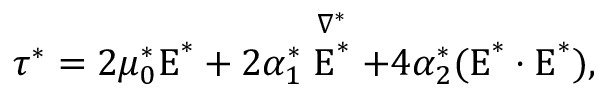
\boldsymbol { \tau } ^ { * } = 2 \mu _ { 0 } ^ { * } \boldsymbol { \mathrm { E } } ^ { * } + 2 \alpha _ { 1 } ^ { * } \stackrel { \nabla ^ { * } } { \boldsymbol { \mathrm { E } } ^ { * } } + 4 \alpha _ { 2 } ^ { * } ( \boldsymbol { \mathrm { E } } ^ { * } \cdot \boldsymbol { \mathrm { E } } ^ { * } ) ,